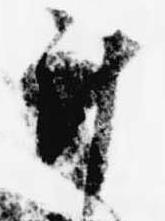
計